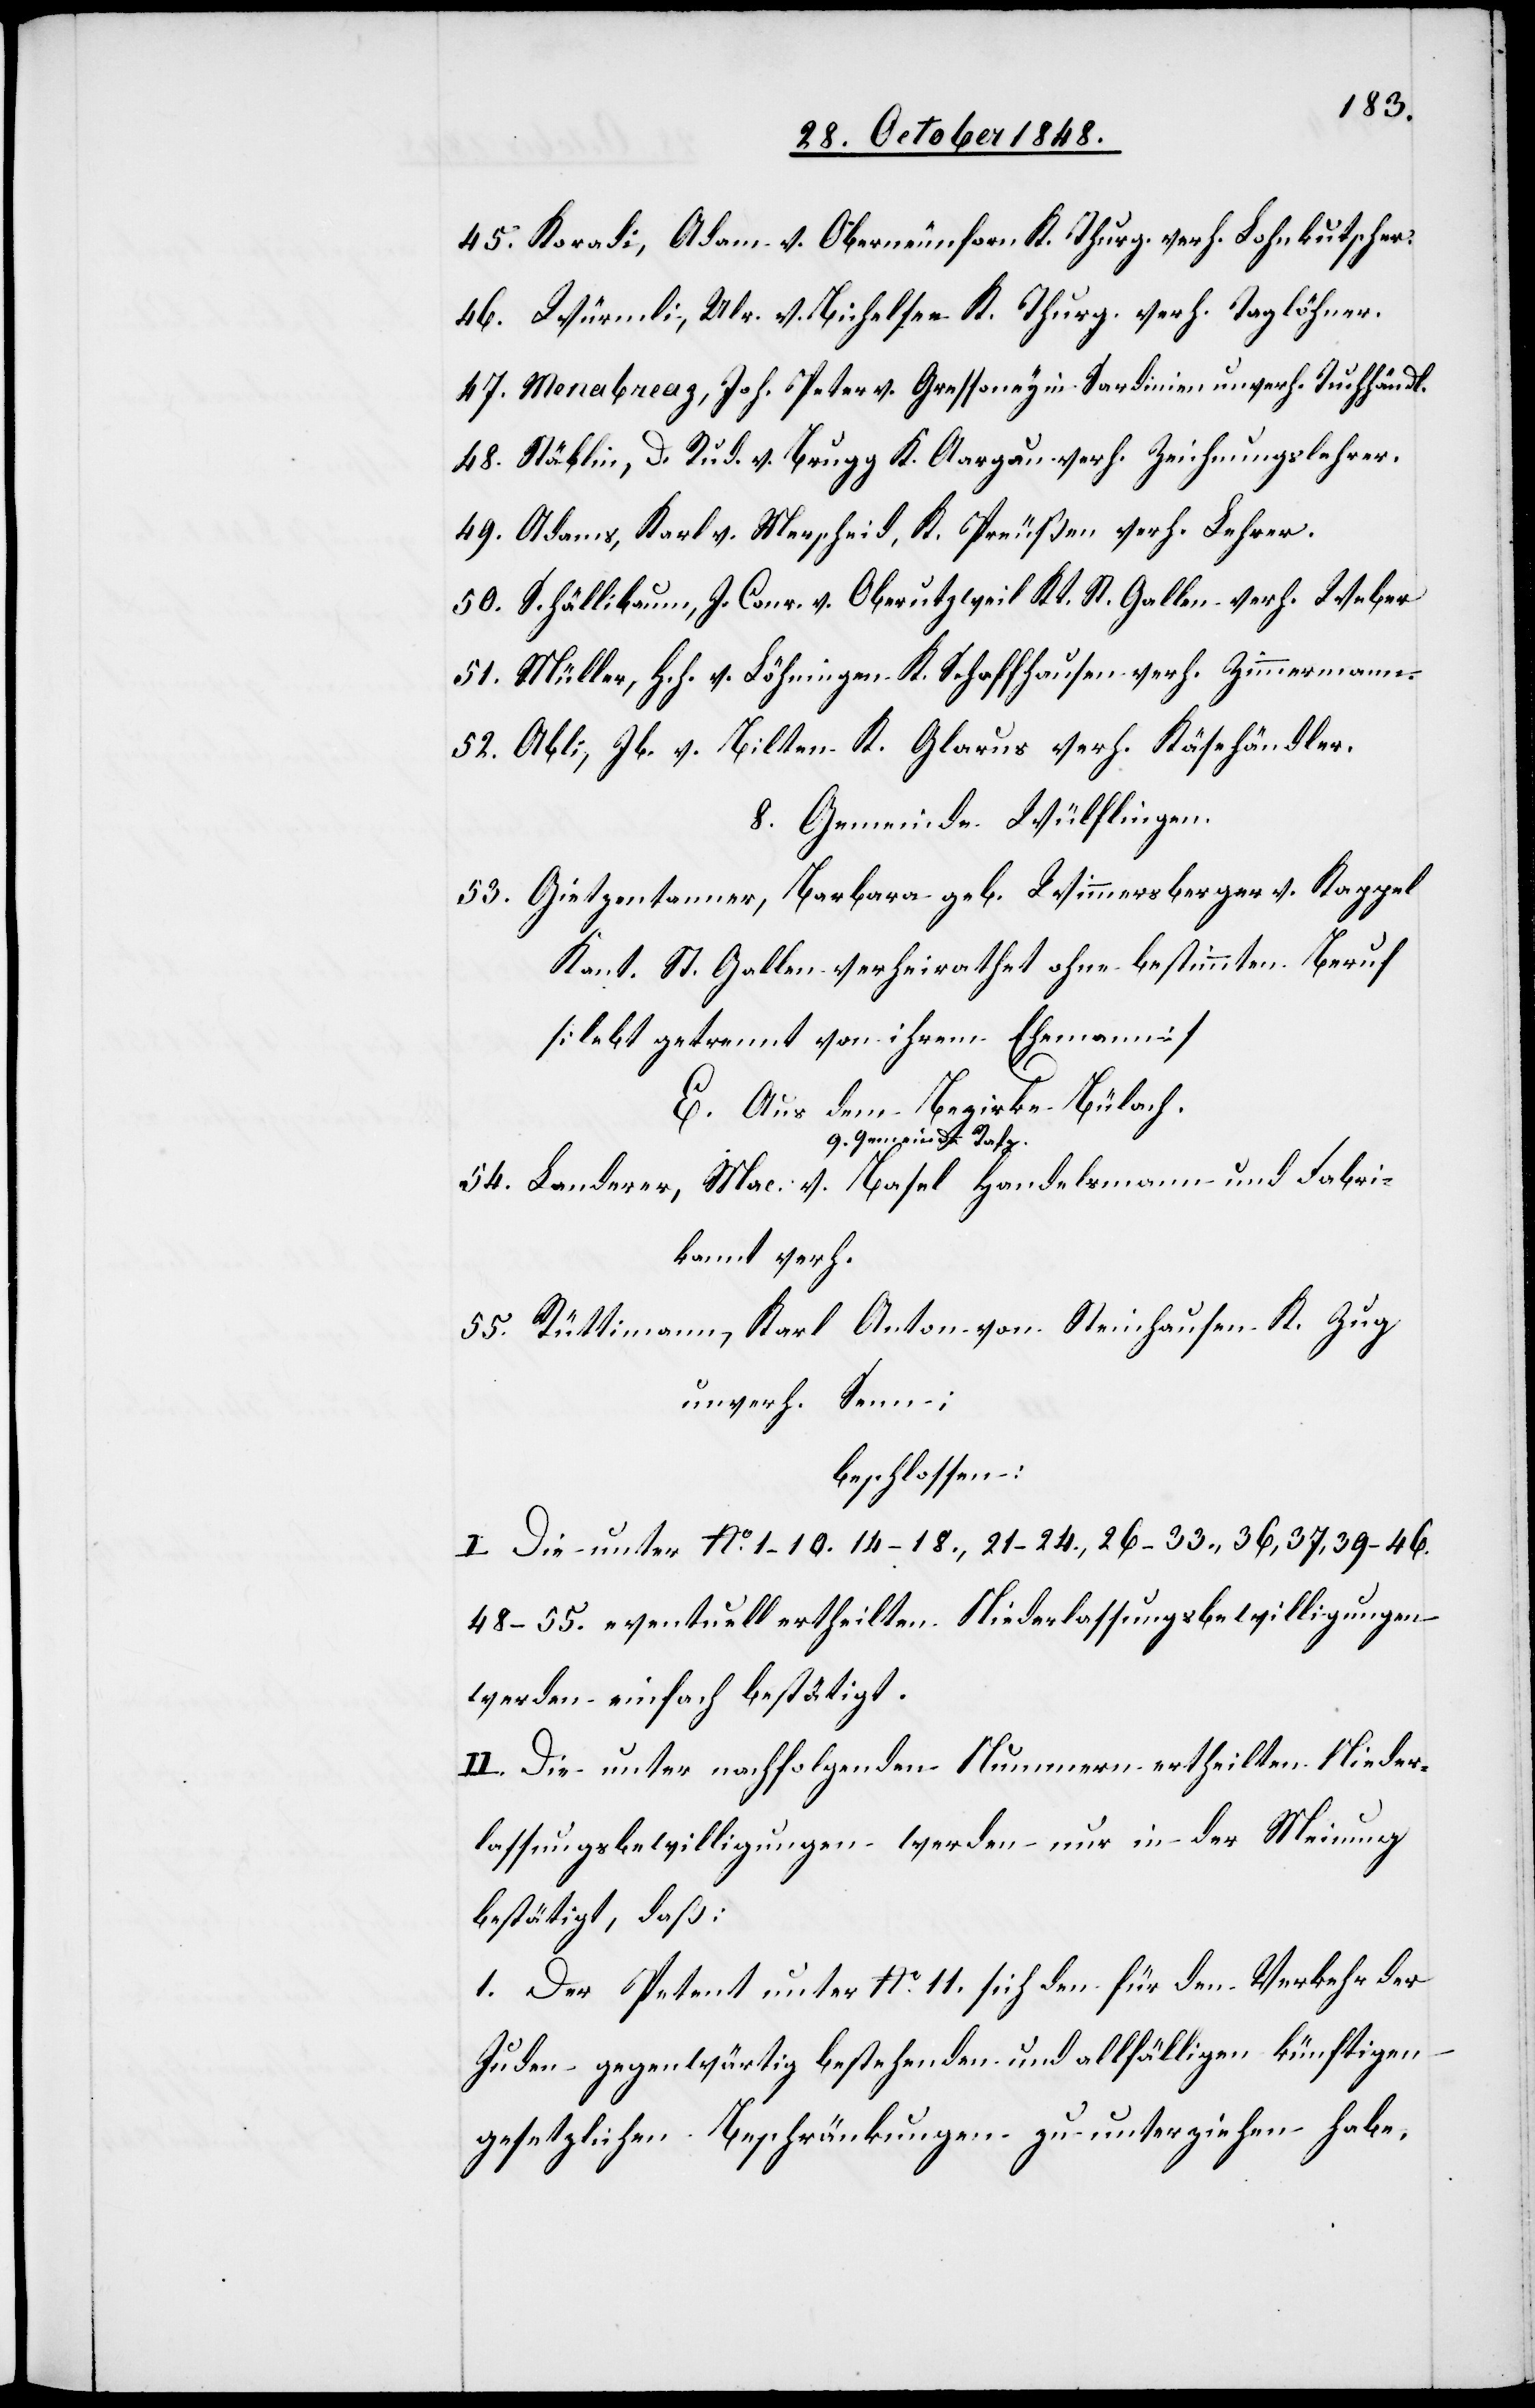
45. Koradi, Adam v. Oberneunforn K. Thurg. verh. Lohnkutscher.
46. Würmli, Ulr. v. Bichelsee K. Thurg. verh. Taglöhner.
47. Menabreaz, Joh. Peter v. Gressoney in Sardinien unverh. Tuchhändl.
48. Stäblin, D. Rud. v. Brugg K. Aargau verh. Zeichnungslehrer.
49. Adams, Karl v. Merscheid, K. Preußen verh. Lehrer.
50. Schällibaum, J. Conr. v. Oberutzweil Kt. St. Gallen verh. Weber.
51. Müller, Hch. v. Löhningen K. Schaffhausen verh. Zimmermann.
52. Abli, Jb. v. Bilten K. Glarus verh. Käsehändler.
8. Gemeinde Wülflingen.
53. Gietzentanner, Barbara geb. Wimmersberger v. Kappel
Kant. St. Gallen verheirathet ohne bestimmten Beruf
[lebt getrennt von ihrem Ehemann]
E. Aus dem Bezirke Bülach.
9. Gemeinde Rafz.
54. Landerer, Mac. v. Basel Handelsmann und Fabri¬
kant verh.
55. Rüttimann, Karl Anton von Steinhausen K. Zug
unverh. Senn.
beschlossen:
I. Die unter No 1–10. 14–18., 21–24., 26–33., 36, 37, 39–46.
48–55. eventuell ertheilten Niederlassungsbewilligungen
werden einfach bestätigt.
II. Die unter nachfolgenden Nummern ertheilten Nieder¬
lassungsbewilligungen werden nur in der Meinung
bestätigt, daß:
1. Der Petent unter No 11. sich den für den Verkehr der
Juden gegenwärtig bestehenden und allfälligen künftigen
gesetzlichen Beschränkungen zu unterziehen habe.